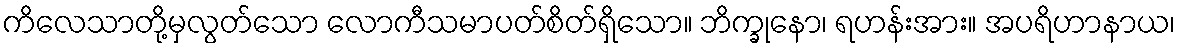
ကိလေသာတို့မှလွတ်သော လောကီသမာပတ်စိတ်ရှိသော။ ဘိက္ခုနော၊ ရဟန်းအား။ အပရိဟာနာယ၊